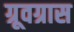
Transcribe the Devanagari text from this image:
ग्रूवग्रास